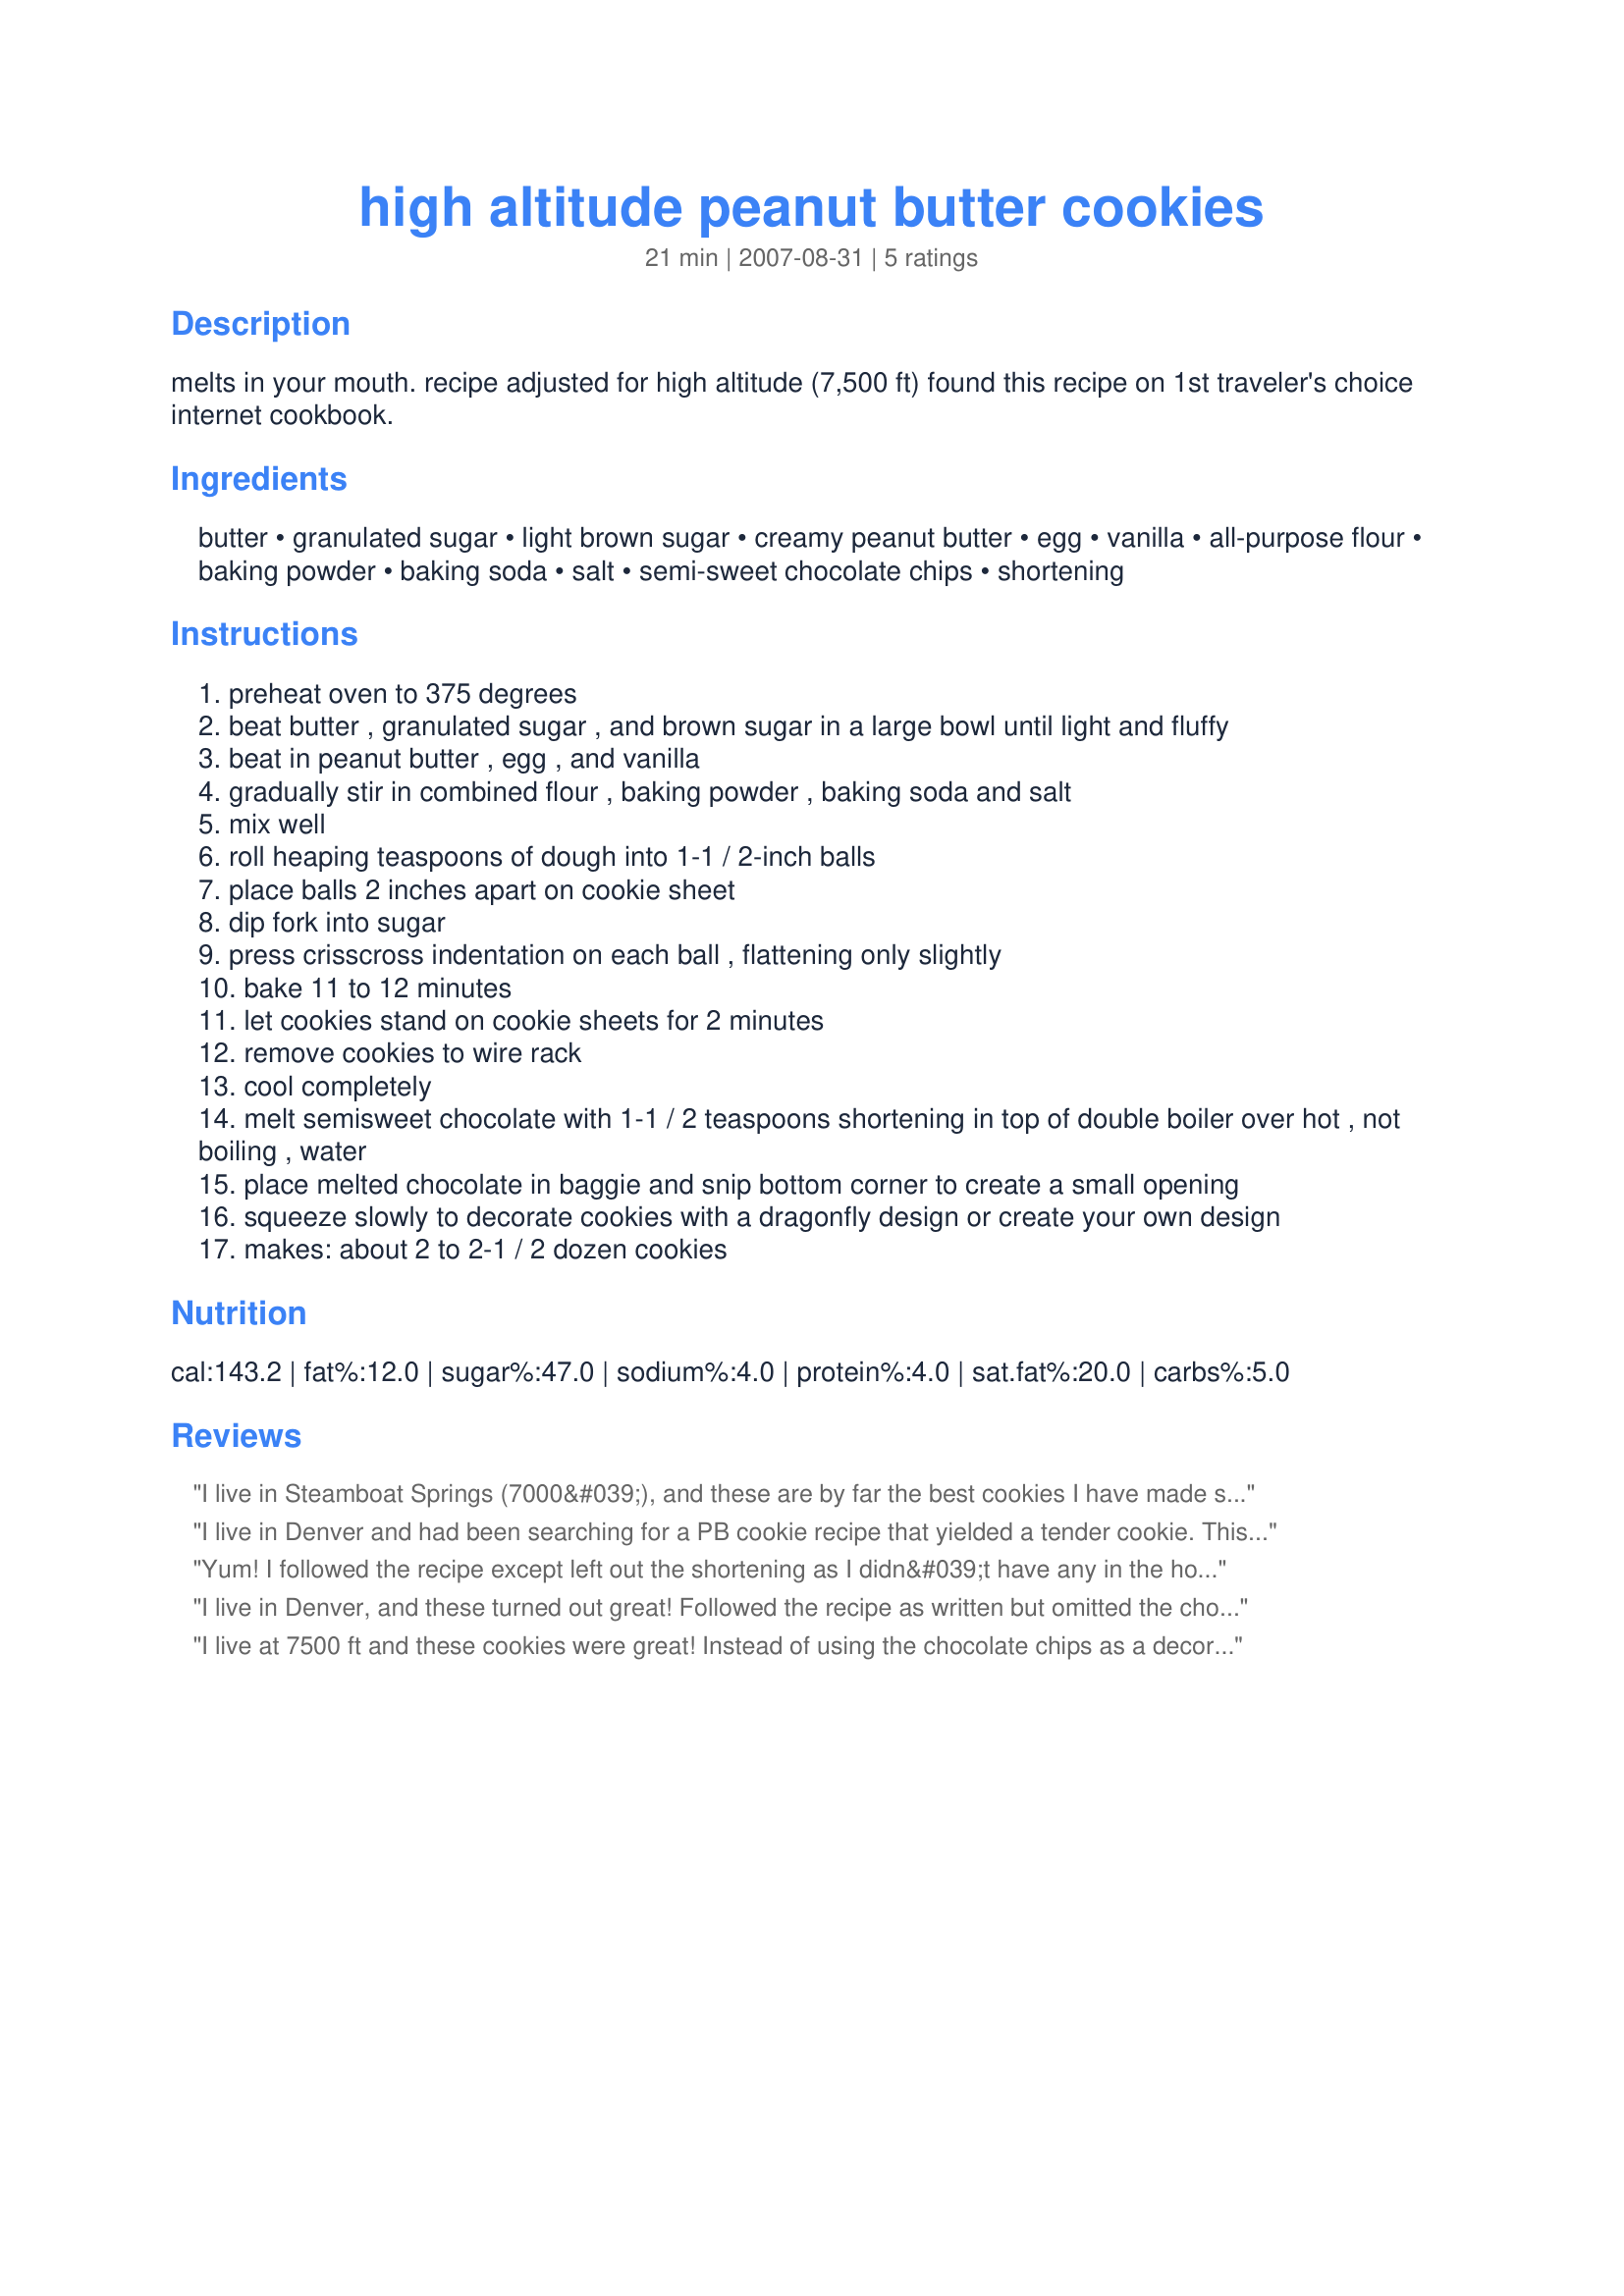
high altitude peanut butter cookies
Preparation time: 21 minutes

melts in your mouth. recipe adjusted for high altitude (7,500 ft)

found this recipe on 1st traveler's choice internet cookbook.

Ingredients:
butter, granulated sugar, light brown sugar, creamy peanut butter, egg, vanilla, all-purpose flour, baking powder, baking soda, salt, semi-sweet chocolate chips, shortening

Steps:
preheat oven to 375 degrees
beat butter , granulated sugar , and brown sugar in a large bowl until light and fluffy
beat in peanut butter , egg , and vanilla
gradually stir in combined flour , baking powder , baking soda and salt
mix well
roll heaping teaspoons of dough into 1-1 / 2-inch balls
place balls 2 inches apart on cookie sheet
dip fork into sugar
press crisscross indentation on each ball , flattening only slightly
bake 11 to 12 minutes
let cookies stand on cookie sheets for 2 minutes
remove cookies to wire rack
cool completely
melt semisweet chocolate with 1-1 / 2 teaspoons shortening in top of double boiler over hot , not boiling , water
place melted chocolate in baggie and snip bottom corner to create a small opening
squeeze slowly to decorate cookies with a dragonfly design or create your own design
makes: about 2 to 2-1 / 2 dozen cookies

Reviews:
I live in Steamboat Springs (7000&#039;), and these are by far the best cookies I have made since moving here! I have tried many recipes and they all turn out the same... They spread while baking and are flat! These hold their shape, and have a perfect consistency, soft in the middle with a touch of crumble (like traditional peanut butter cookies). I also used dark chocolate chips instead of the drizzle, and they are delicious every time! Also, they don&#039;t take much time to prep. All around amazing, thanks for the wonderful recipe!
I live in Denver and had been searching for a PB cookie recipe that yielded a tender cookie. This fit the bill! The recipe is a keeper.
Yum! I followed the recipe except left out the shortening as I didn&#039;t have any in the house. Instead I increased the butter by 1 tablespoon. These cookies turned out great! I have had zero luck baking since moving to Denver but this recipe made great cookies that were fluffy, soft and light. I added chocolate chips into the cookies instead of the drizzle as well and they were delish! I will definitely be keeping this recipe as a go-to!
I live in Denver, and these turned out great! Followed the recipe as written but omitted the chocolate drizzle, got 2 1/2 dozen of 2 1/2 inch cookies from one batch. Thank you so much for a high-altitude recipe that worked!
I live at 7500 ft and these cookies were great! Instead of using the chocolate chips as a decorative drizzle, I used 1 Cup chocolate chunks in the dough.
